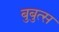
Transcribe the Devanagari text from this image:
बुबुत्स